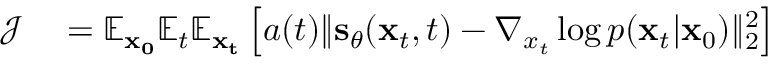
\begin{array} { r l } { \mathcal { J } } & { { } = \mathbb { E } _ { \mathbf { x _ { 0 } } } \mathbb { E } _ { t } \mathbb { E } _ { \mathbf { x _ { t } } } \left[ a ( t ) \lVert \mathbf { s } _ { \theta } ( \mathbf { x } _ { t } , t ) - \nabla _ { x _ { t } } \log p ( \mathbf { x } _ { t } | \mathbf { x } _ { 0 } ) \rVert _ { 2 } ^ { 2 } \right] } \end{array}